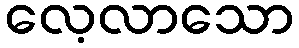
လေ့လာသော